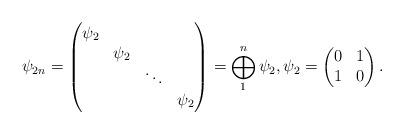
LaTeX: \begin{align*}\psi_{2n} = \begin{pmatrix}\psi_{2} \\ &\psi_{2} \\ && \ddots \\ &&&\psi_{2}\end{pmatrix} = \bigoplus_{1}^{n}\psi_{2}, \psi_{2} = \begin{pmatrix}0 & 1 \\1 & 0\end{pmatrix}.\end{align*}